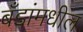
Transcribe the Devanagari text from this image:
बँडांमधील